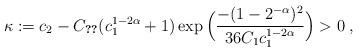
LaTeX: \begin{align*}\kappa := c_2 - C_{\ref{lem:lessHol}}(c_1^{1-2\alpha} + 1)\exp\Big(\frac{-(1-2^{-\alpha})^2}{36 C_1 c_1^{1-2\alpha}}\Big) > 0\;,\end{align*}